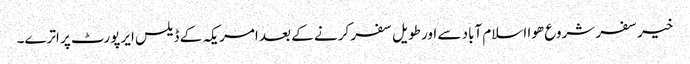
خیر سفر شروع ھوا اسلام آباد سے اور طویل سفر کرنے کے بعد امریکہ کے ڈیلس ایرپورٹ پر اترے۔